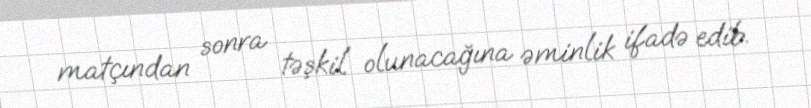
matçından sonra təşkil olunacağına əminlik ifadə edib.